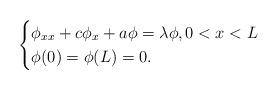
LaTeX: \begin{align*}\begin{cases}\phi_{xx}+c \phi_x +a\phi =\lambda \phi,0<x<L\cr\phi(0)=\phi(L)=0.\end{cases}\end{align*}